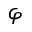
\varphi